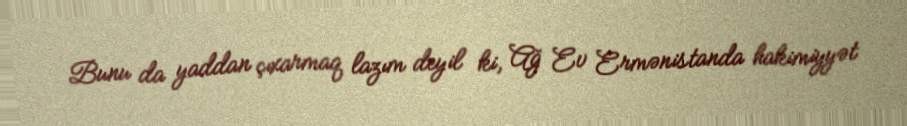
Bunu da yaddan çıxarmaq lazım deyil ki, Ağ Ev Ermənistanda hakimiyyət